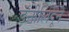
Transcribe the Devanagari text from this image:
डॅनीलिदूने